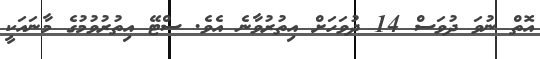
އޮތް ނުވަ ދުވަސް 14 ދުވަހަށް އިތުރުވާނެ އެވެ. ސްޓޭ އިތުރުވުމުގެ މާނައަކީ